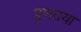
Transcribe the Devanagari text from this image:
पूणतया